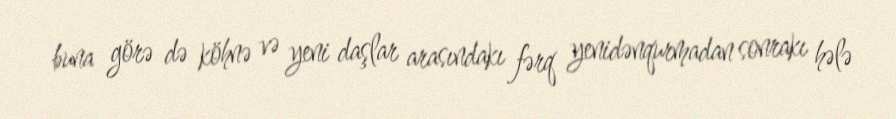
buna görə də köhnə və yeni daşlar arasındakı fərq yenidənqurmadan sonrakı hələ